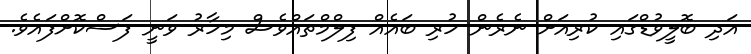
އަދި ބޮލީވުޑްގައި ކުރިއަށް ނެރެން ހުރި ބައެއް ފިލްމްތައްވެސް މިހާރު ވަނީ ފަސްކޮށްފައެވެ.